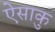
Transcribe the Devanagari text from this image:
ऐसाकु